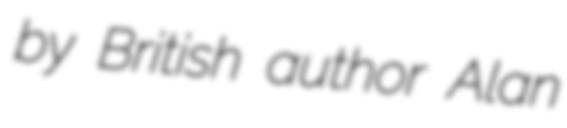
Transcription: by British author Alan